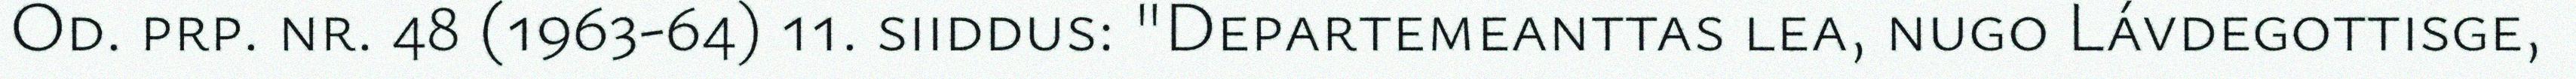
Od. prp. nr. 48 (1963-64) 11. siiddus: "Departemeanttas lea, nugo Lávdegottisge,